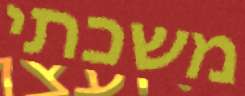
משכתי